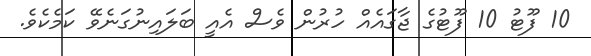
10 ފޫޓު 10 ފޫޓުގެ ޖާގައެއް ހުރުން ވެސް އެއީ ބަލައިނުގަނެވޭ ކަމެކެވެ.